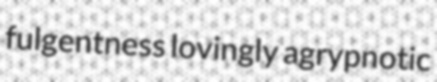
fulgentness lovingly agrypnotic